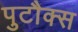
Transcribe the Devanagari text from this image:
पुटौक्स